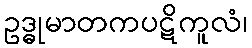
ဥဒ္ဓုမာတကပဋိကူလံ၊